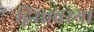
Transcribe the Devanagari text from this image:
द्विधावस्था